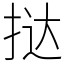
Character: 挞